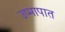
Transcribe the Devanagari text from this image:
उष्मापात